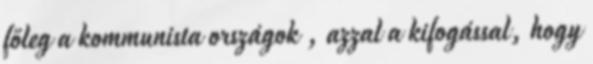
főleg a kommunista országok , azzal a kifogással, hogy